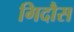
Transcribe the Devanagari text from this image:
गिदौस